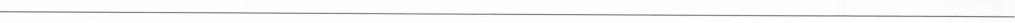
___